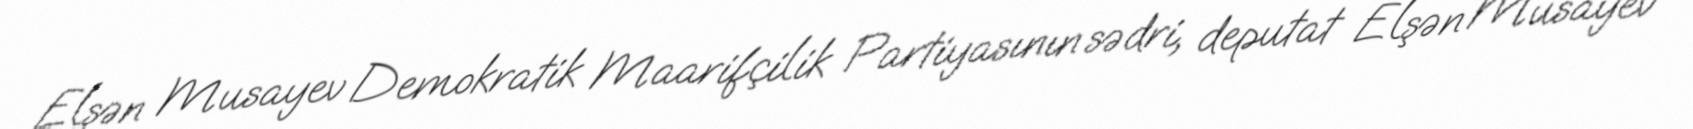
Elşən Musayev Demokratik Maarifçilik Partiyasının sədri, deputat Elşən Musayev